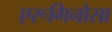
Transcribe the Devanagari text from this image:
एरूगिनोसा